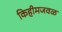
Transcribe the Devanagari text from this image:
किहीमजवळ